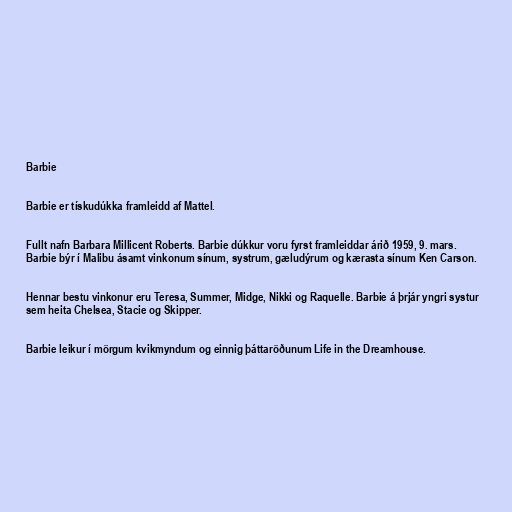
Barbie

Barbie er tískudúkka framleidd af Mattel.

Fullt nafn Barbara Millicent Roberts. Barbie dúkkur voru fyrst framleiddar árið 1959, 9. mars.
Barbie býr í Malibu ásamt vinkonum sínum, systrum, gæludýrum og kærasta sínum Ken Carson.

Hennar bestu vinkonur eru Teresa, Summer, Midge, Nikki og Raquelle. Barbie á þrjár yngri systur
sem heita Chelsea, Stacie og Skipper.

Barbie leikur í mörgum kvikmyndum og einnig þáttaröðunum Life in the Dreamhouse.